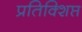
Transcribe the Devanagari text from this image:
प्रतिक्शिप्त